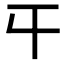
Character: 𡕒